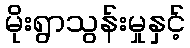
မိုးရွာသွန်းမှုနှင့်